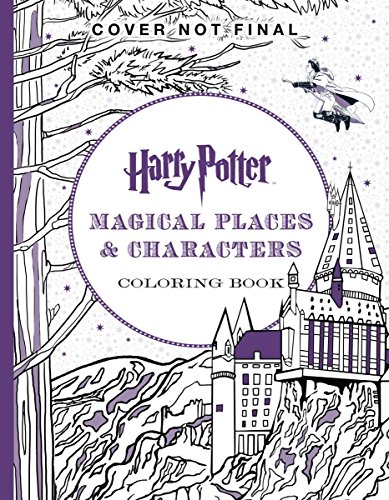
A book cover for Harry Potter Magical Places & Characters Coloring Book; Scholastic; Children's Books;